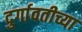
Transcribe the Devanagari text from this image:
दुर्गावतीच्या